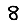
Digit: 8